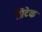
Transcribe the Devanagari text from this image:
प्रिटेक